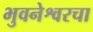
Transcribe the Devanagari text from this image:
भुवनेश्वरचा